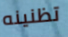
تظنينه